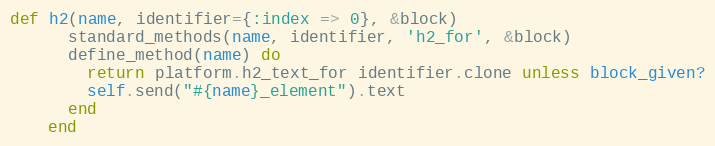
Language: Ruby
def h2(name, identifier={:index => 0}, &block)
      standard_methods(name, identifier, 'h2_for', &block)
      define_method(name) do
        return platform.h2_text_for identifier.clone unless block_given?
        self.send("#{name}_element").text
      end
    end